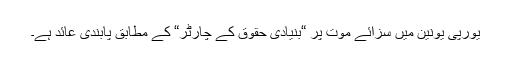
یورپی یونین میں سزائے موت پر “بنیادی حقوق کے چارٹر“ کے مطابق پابندی عائد ہے۔